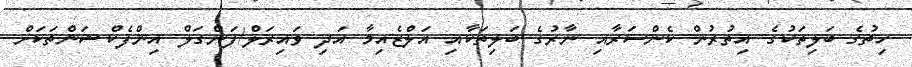
ހިތުގެ ބަލިތަކުގެ އިތުރުން ކެންސަރާއި ނާރުގެ ބަލިތަކާއި އަލްޒެއިމާ އަދި ވައިރަލް/ފަންގަލް އިންފެކްޝަންތަކަށް